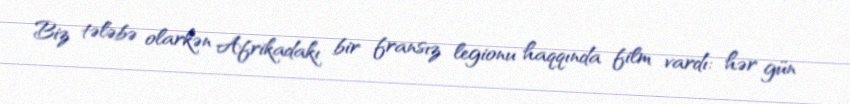
Biz tələbə olarkən Afrikadakı bir fransız legionu haqqında film vardı: hər gün